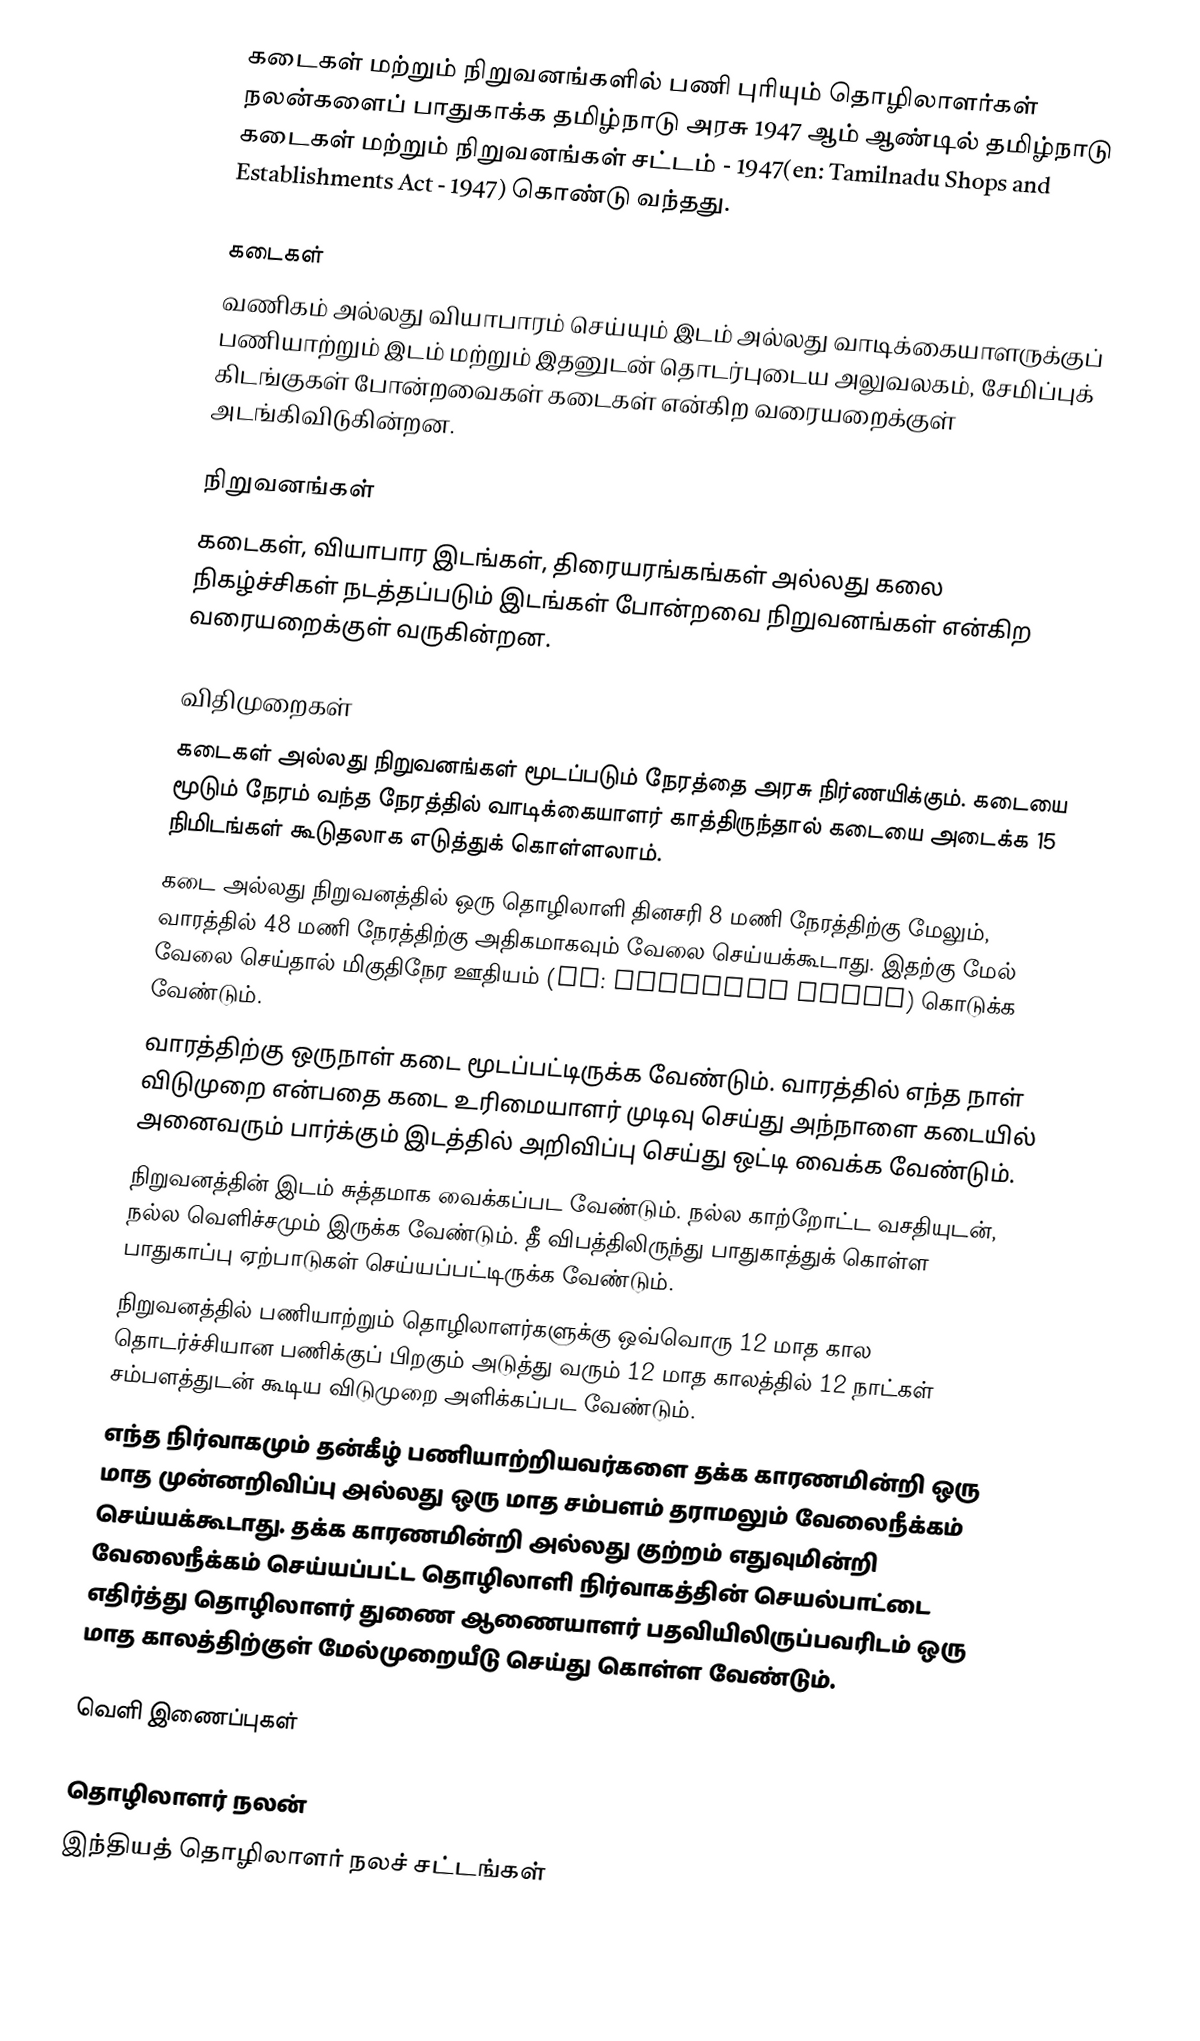
கடைகள் மற்றும் நிறுவனங்களில் பணி புரியும் தொழிலாளர்கள் நலன்களைப் பாதுகாக்க தமிழ்நாடு அரசு 1947 ஆம் ஆண்டில் தமிழ்நாடு கடைகள் மற்றும் நிறுவனங்கள் சட்டம் - 1947(en: Tamilnadu Shops and Establishments Act - 1947) கொண்டு வந்தது.

கடைகள்
வணிகம் அல்லது வியாபாரம் செய்யும் இடம் அல்லது வாடிக்கையாளருக்குப் பணியாற்றும் இடம் மற்றும் இதனுடன் தொடர்புடைய அலுவலகம், சேமிப்புக் கிடங்குகள் போன்றவைகள் கடைகள் என்கிற வரையறைக்குள் அடங்கிவிடுகின்றன.

நிறுவனங்கள்
கடைகள், வியாபார இடங்கள், திரையரங்கங்கள் அல்லது கலை நிகழ்ச்சிகள் நடத்தப்படும் இடங்கள் போன்றவை நிறுவனங்கள் என்கிற வரையறைக்குள் வருகின்றன.

விதிமுறைகள்
கடைகள் அல்லது நிறுவனங்கள் மூடப்படும் நேரத்தை அரசு நிர்ணயிக்கும். கடையை மூடும் நேரம் வந்த நேரத்தில் வாடிக்கையாளர் காத்திருந்தால் கடையை அடைக்க 15 நிமிடங்கள் கூடுதலாக எடுத்துக் கொள்ளலாம்.
கடை அல்லது நிறுவனத்தில் ஒரு தொழிலாளி தினசரி 8 மணி நேரத்திற்கு மேலும், வாரத்தில் 48 மணி நேரத்திற்கு அதிகமாகவும் வேலை செய்யக்கூடாது. இதற்கு மேல் வேலை செய்தால் மிகுதிநேர ஊதியம் (en: Overtime wages) கொடுக்க வேண்டும்.
வாரத்திற்கு ஒருநாள் கடை மூடப்பட்டிருக்க வேண்டும். வாரத்தில் எந்த நாள் விடுமுறை என்பதை கடை உரிமையாளர் முடிவு செய்து அந்நாளை கடையில் அனைவரும் பார்க்கும் இடத்தில் அறிவிப்பு செய்து ஒட்டி வைக்க வேண்டும்.
 நிறுவனத்தின் இடம் சுத்தமாக வைக்கப்பட வேண்டும். நல்ல காற்றோட்ட வசதியுடன், நல்ல வெளிச்சமும் இருக்க வேண்டும். தீ விபத்திலிருந்து பாதுகாத்துக் கொள்ள பாதுகாப்பு ஏற்பாடுகள் செய்யப்பட்டிருக்க வேண்டும்.
நிறுவனத்தில் பணியாற்றும் தொழிலாளர்களுக்கு ஒவ்வொரு 12 மாத கால தொடர்ச்சியான பணிக்குப் பிறகும் அடுத்து வரும் 12 மாத காலத்தில் 12 நாட்கள் சம்பளத்துடன் கூடிய விடுமுறை அளிக்கப்பட வேண்டும்.
எந்த நிர்வாகமும் தன்கீழ் பணியாற்றியவர்களை தக்க காரணமின்றி ஒரு மாத முன்னறிவிப்பு அல்லது ஒரு மாத சம்பளம் தராமலும் வேலைநீக்கம் செய்யக்கூடாது. தக்க காரணமின்றி அல்லது குற்றம் எதுவுமின்றி வேலைநீக்கம் செய்யப்பட்ட தொழிலாளி நிர்வாகத்தின் செயல்பாட்டை எதிர்த்து தொழிலாளர் துணை ஆணையாளர் பதவியிலிருப்பவரிடம் ஒரு மாத காலத்திற்குள் மேல்முறையீடு செய்து கொள்ள வேண்டும்.

வெளி இணைப்புகள்

 தொழிலாளர் நலன்
இந்தியத் தொழிலாளர் நலச் சட்டங்கள்